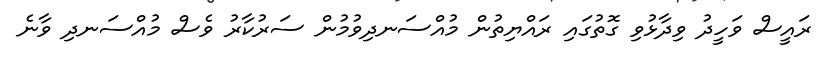
ރައީސް ވަހީދު ވިދާޅުވި ގޮތުގައި ރައްޔިތުން މުއްސަނދިވުމުން ސަރުކާރު ވެސް މުއްސަނދި ވާނެ